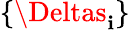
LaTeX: \{ \Deltas_{\mathbf{i}}\}